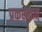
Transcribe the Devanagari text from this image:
प्रकरणात्‌